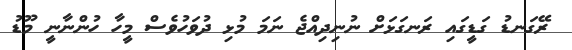
ރޭގަނޑު ގަޑީގައި ރަނގަޅަށް ނުނިދިއްޖެ ނަމަ މުޅި ދުވަހުވެސް މީހާ ހުންނާނީ މޫޑު